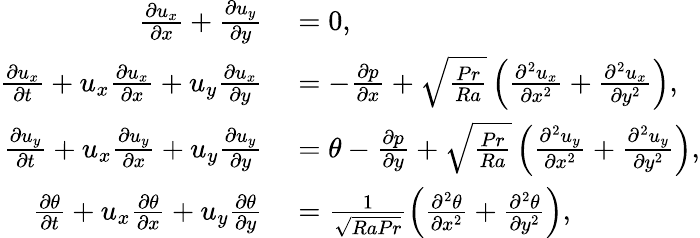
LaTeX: \begin{array}{rl}{\frac{\partial u_{x}}{\partial x}+\frac{\partial u_{y}}{\partial y}}&{{}=0,}\\ {\frac{\partial u_{x}}{\partial t}+u_{x}\frac{\partial u_{x}}{\partial x}+u_{y}\frac{\partial u_{x}}{\partial y}}&{{}=-\frac{\partial p}{\partial x}+\sqrt{\frac{Pr}{Ra}}\left(\frac{\partial^{2}u_{x}}{\partial x^{2}}+\frac{\partial^{2}u_{x}}{\partial y^{2}}\right),}\\ {\frac{\partial u_{y}}{\partial t}+u_{x}\frac{\partial u_{y}}{\partial x}+u_{y}\frac{\partial u_{y}}{\partial y}}&{{}=\theta-\frac{\partial p}{\partial y}+\sqrt{\frac{Pr}{Ra}}\left(\frac{\partial^{2}u_{y}}{\partial x^{2}}+\frac{\partial^{2}u_{y}}{\partial y^{2}}\right),}\\ {\frac{\partial\theta}{\partial t}+u_{x}\frac{\partial\theta}{\partial x}+u_{y}\frac{\partial\theta}{\partial y}}&{{}=\frac{1}{\sqrt{RaPr}}\left(\frac{\partial^{2}\theta}{\partial x^{2}}+\frac{\partial^{2}\theta}{\partial y^{2}}\right),}\end{array}